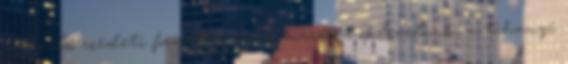
a legelső eredeti formában ránk maradt oklevelünk, a tihanyi